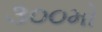
૩૦૦મો